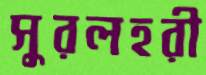
সুরলহরী